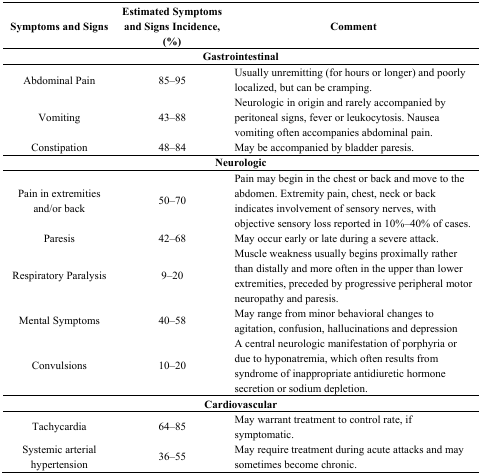
<table><thead><tr><td><b>Symptoms and Signs</b></td><td><b>Estimated Symptoms and Signs Incidence, (%)</b></td><td colspan="2"><b>Comment</b></td></tr></thead><tbody><tr><td colspan="4"><b>Gastrointestinal</b></td></tr><tr><td>Abdominal Pain</td><td colspan="2">85–95</td><td>Usually unremitting (for hours or longer) and poorly localized, but can be cramping.</td></tr><tr><td>Vomiting</td><td colspan="2">43–88</td><td>Neurologic in origin and rarely accompanied by peritoneal signs, fever or leukocytosis. Nausea vomiting often accompanies abdominal pain.</td></tr><tr><td>Constipation</td><td colspan="2">48–84</td><td>May be accompanied by bladder paresis.</td></tr><tr><td colspan="4"><b>Neurologic</b></td></tr><tr><td>Pain in extremities and/or back</td><td colspan="2">50–70</td><td>Pain may begin in the chest or back and move to the abdomen. Extremity pain, chest, neck or back indicates involvement of sensory nerves, with objective sensory loss reported in 10%–40% of cases.</td></tr><tr><td>Paresis</td><td colspan="2">42–68</td><td>May occur early or late during a severe attack.</td></tr><tr><td>Respiratory Paralysis</td><td colspan="2">9–20</td><td>Muscle weakness usually begins proximally rather than distally and more often in the upper than lower extremities, preceded by progressive peripheral motor neuropathy and paresis.</td></tr><tr><td>Mental Symptoms</td><td colspan="2">40–58</td><td>May range from minor behavioral changes to agitation, confusion, hallucinations and depression</td></tr><tr><td>Convulsions</td><td colspan="2">10–20</td><td>A central neurologic manifestation of porphyria or due to hyponatremia, which often results from syndrome of inappropriate antidiuretic hormone secretion or sodium depletion.</td></tr><tr><td colspan="4"><b>Cardiovascular</b></td></tr><tr><td>Tachycardia</td><td colspan="2">64–85</td><td>May warrant treatment to control rate, if symptomatic.</td></tr><tr><td>Systemic arterial hypertension</td><td colspan="2">36–55</td><td>May require treatment during acute attacks and may sometimes become chronic.</td></tr></tbody></table>